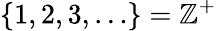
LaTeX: \{ 1,2,3,\dots\} =\mathbb{Z}^{+}